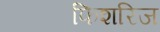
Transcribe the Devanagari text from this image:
फिशरिज